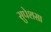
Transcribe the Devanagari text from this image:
सुपेशसा